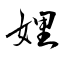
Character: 娌